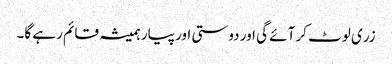
زری لوٹ کر آئے گی اور دوستی اور پیار ہمیشہ قائم رہے گا۔